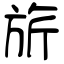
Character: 旂